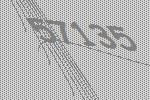
57135